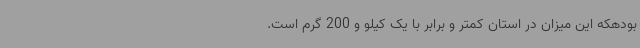
بودهکه این میزان در استان کمتر و برابر با یک کیلو و 200 گرم است.